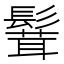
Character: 𩮙